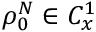
\rho _ { 0 } ^ { N } \in C _ { x } ^ { 1 }